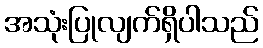
အသုံးပြုလျက်ရှိပါသည်